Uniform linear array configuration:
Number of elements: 16
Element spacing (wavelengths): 0.75
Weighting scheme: blackman
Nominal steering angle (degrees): -45
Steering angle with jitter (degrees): -45.213
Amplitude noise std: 0.05
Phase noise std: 0.05

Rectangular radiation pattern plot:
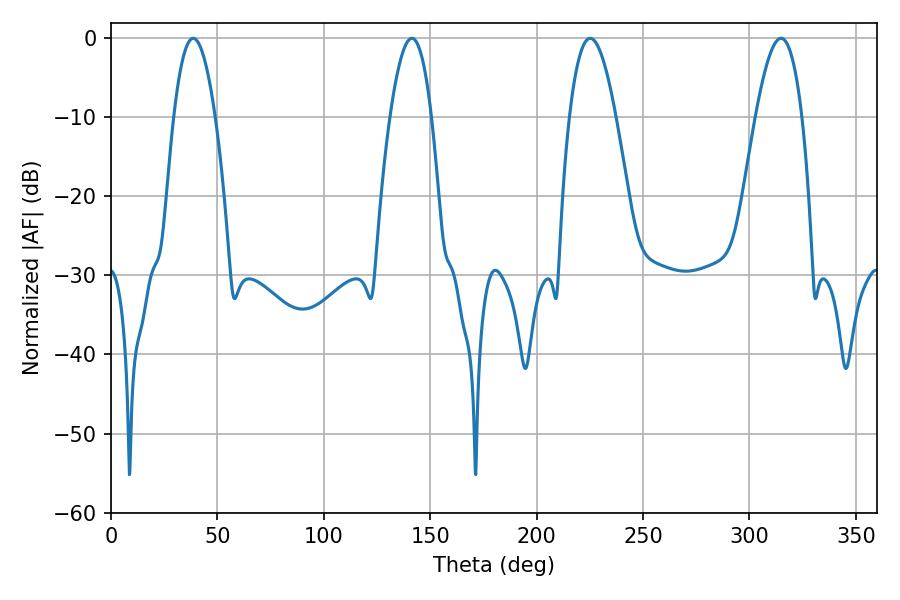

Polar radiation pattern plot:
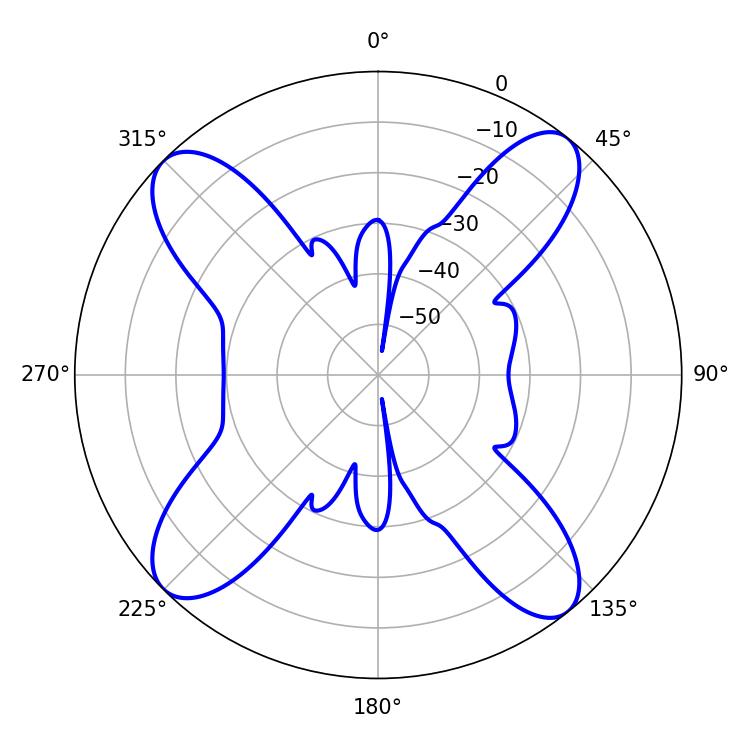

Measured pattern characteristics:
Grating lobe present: TRUE
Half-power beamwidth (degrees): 11.88
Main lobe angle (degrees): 225.18